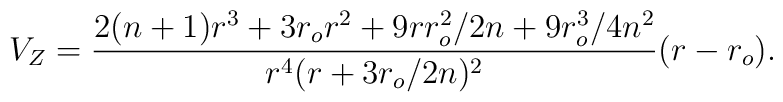
V_Z = { 2 (n+1) r^3 + 3 r_o r^2 + 9r r_o^2/2n + 9 r_o^3/4n^2  \over           r^4 ( r+ 3 r_o/2n)^2  } (r -r_o).